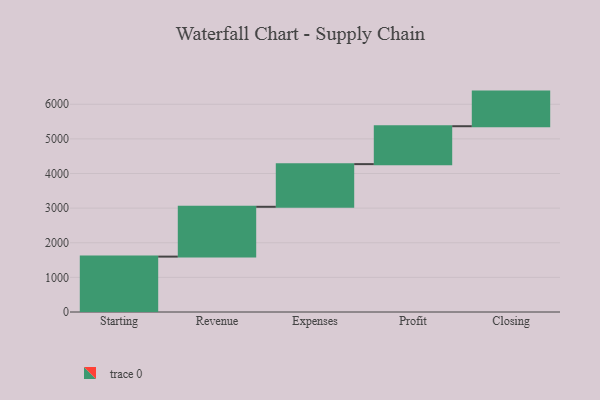
{"axis": {"x": "Step", "y": "Value"}, "legend": [""], "data": [{"x": "Starting", "y": 1600.0, "type": ""}, {"x": "Revenue", "y": 1439.0, "type": ""}, {"x": "Expenses", "y": 1232.0, "type": ""}, {"x": "Profit", "y": 1095.0, "type": ""}, {"x": "Closing", "y": 1000, "type": ""}]}